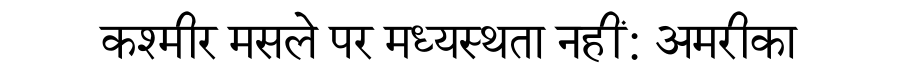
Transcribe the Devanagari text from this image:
कश्मीर मसले पर मध्यस्थता नहीं: अमरीका